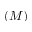
( M )